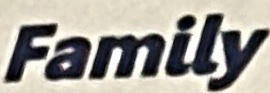
Family